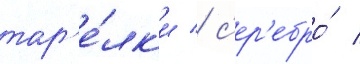
тар'е́лк'и / с'ер'ебро́ /